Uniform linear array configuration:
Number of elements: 16
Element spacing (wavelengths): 0.75
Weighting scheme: uniform
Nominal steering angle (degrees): -60
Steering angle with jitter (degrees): -59.488
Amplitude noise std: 0.05
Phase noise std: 0.05

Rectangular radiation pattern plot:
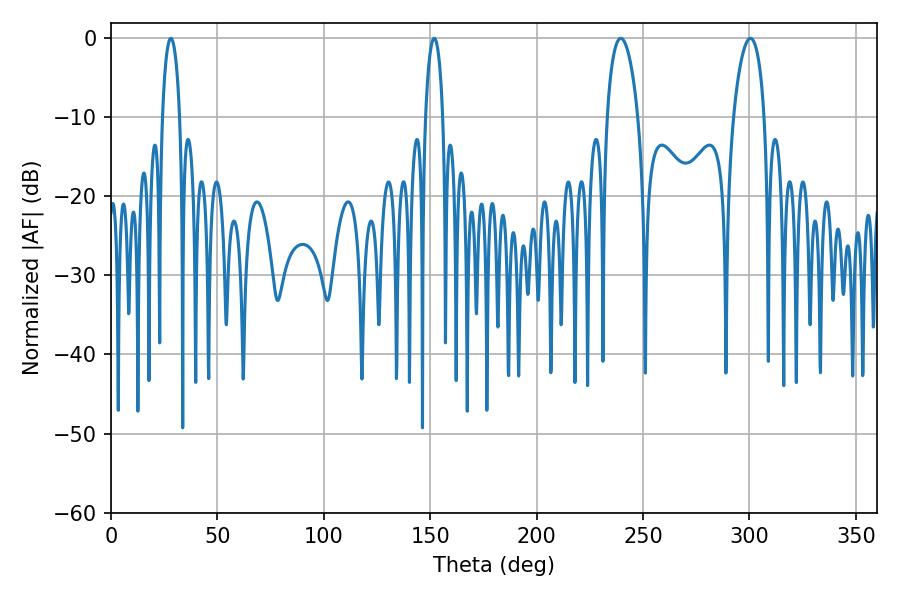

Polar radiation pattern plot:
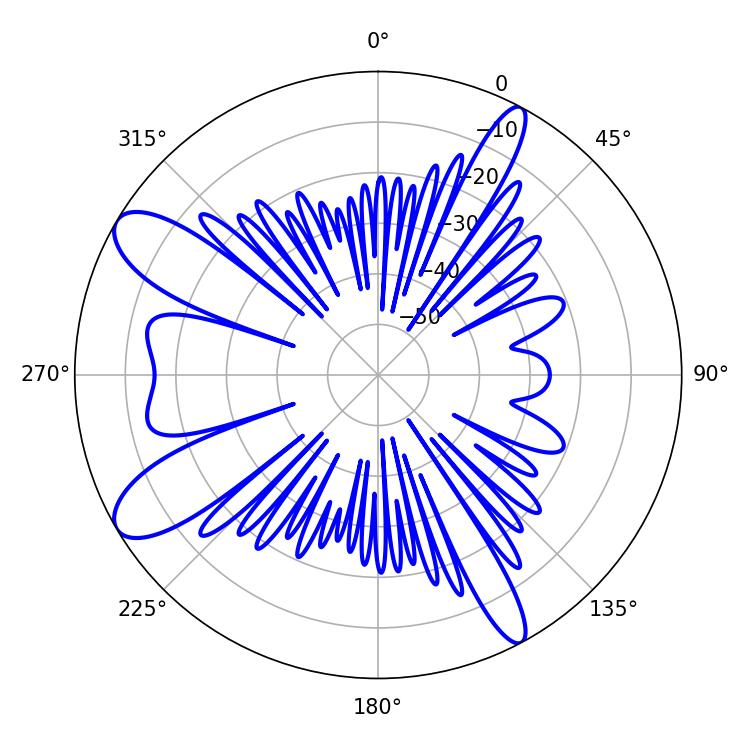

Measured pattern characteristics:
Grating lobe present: TRUE
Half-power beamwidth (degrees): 8.28
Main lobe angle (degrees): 300.42